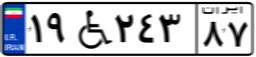
۱۹W۲۴۳۸۷